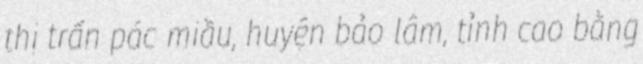
thị trấn pác miầu, huyện bảo lâm, tỉnh cao bằng